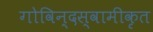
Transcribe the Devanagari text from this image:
गोविन्दस्वामीकृत